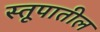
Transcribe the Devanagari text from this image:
स्तूपातील